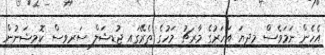
އެހެން ނަމަވެސް މިދިޔަ އަހަރުގެ މާރޗު މަހުގެ ތެރޭގައި ޖުޑިޝަލް ސަރވިސް ކޮމިޝަނުން